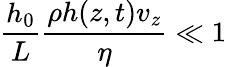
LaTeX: \frac{h_{0}}{L}\frac{\rho h(z,t)v_{z}}{\eta}\ll 1